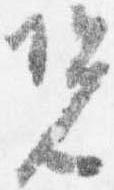
況